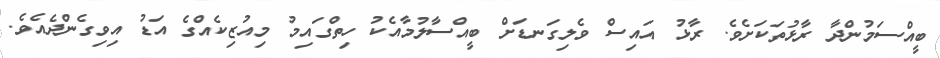
ބީއްސަމުންދާ ރާޅުތަކަށެވެ. ރާޅު އައިސް ވެލިގަނޑަށް ބީއްސާލުމާއެކު ހިތްގައިމު މިއުޒިކެެއްގެ އަޑު އިވިގެންދެއެވެ.